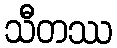
သီတဿ